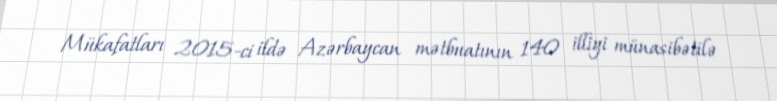
Mükafatları 2015-ci ildə Azərbaycan mətbuatının 140 illiyi münasibətilə